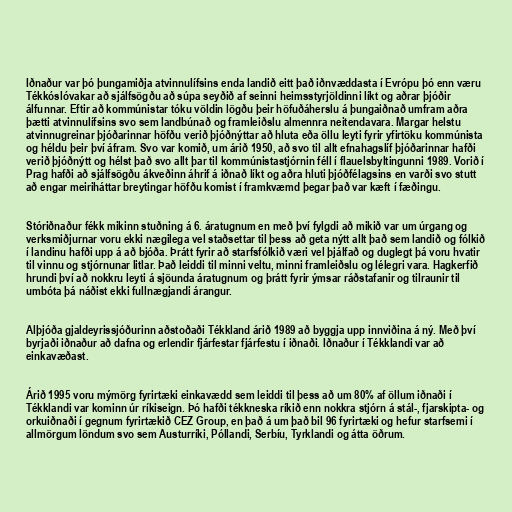
Iðnaður var þó þungamiðja atvinnulífsins enda landið eitt það iðnvæddasta í Evrópu þó enn væru
Tékkóslóvakar að sjálfsögðu að súpa seyðið af seinni heimsstyrjöldinni líkt og aðrar þjóðir
álfunnar. Eftir að kommúnistar tóku völdin lögðu þeir höfuðáherslu á þungaiðnað umfram aðra
þætti atvinnulífsins svo sem landbúnað og framleiðslu almennra neitendavara. Margar helstu
atvinnugreinar þjóðarinnar höfðu verið þjóðnýttar að hluta eða öllu leyti fyrir yfirtöku kommúnista
og héldu þeir því áfram. Svo var komið, um árið 1950, að svo til allt efnahagslíf þjóðarinnar hafði
verið þjóðnýtt og hélst það svo allt þar til kommúnistastjórnin féll í flauelsbyltingunni 1989. Vorið í
Prag hafði að sjálfsögðu ákveðinn áhrif á iðnað líkt og aðra hluti þjóðfélagsins en varði svo stutt
að engar meiriháttar breytingar höfðu komist í framkvæmd þegar það var kæft í fæðingu.

Stóriðnaður fékk mikinn stuðning á 6. áratugnum en með því fylgdi að mikið var um úrgang og
verksmiðjurnar voru ekki nægilega vel staðsettar til þess að geta nýtt allt það sem landið og fólkið
í landinu hafði upp á að bjóða. Þrátt fyrir að starfsfólkið væri vel þjálfað og duglegt þá voru hvatir
til vinnu og stjórnunar litlar. Það leiddi til minni veltu, minni framleiðslu og lélegri vara. Hagkerfið
hrundi því að nokkru leyti á sjöunda áratugnum og þrátt fyrir ýmsar ráðstafanir og tilraunir til
umbóta þá náðist ekki fullnægjandi árangur.

Alþjóða gjaldeyrissjóðurinn aðstoðaði Tékkland árið 1989 að byggja upp innviðina á ný. Með því
byrjaði iðnaður að dafna og erlendir fjárfestar fjárfestu í iðnaði. Iðnaður í Tékklandi var að
einkavæðast.

Árið 1995 voru mýmörg fyrirtæki einkavædd sem leiddi til þess að um 80% af öllum iðnaði í
Tékklandi var kominn úr ríkiseign. Þó hafði tékkneska ríkið enn nokkra stjórn á stál-, fjarskipta- og
orkuiðnaði í gegnum fyrirtækið CEZ Group, en það á um það bil 96 fyrirtæki og hefur starfsemi í
allmörgum löndum svo sem Austurríki, Póllandi, Serbíu, Tyrklandi og átta öðrum.